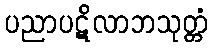
ပညာပဋိလာဘသုတ္တံ